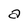
Character: a